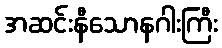
အဆင်းနီသောနဂါးကြီး